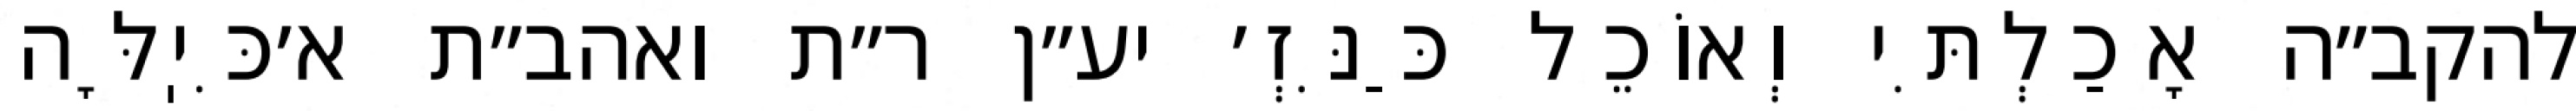
להקב״ה אָכַלְתִּי וְאוֹכֵל כַּנִּזְ׳ יע״ן ר״ת ואהב״ת א׳כִּיֽלָּה